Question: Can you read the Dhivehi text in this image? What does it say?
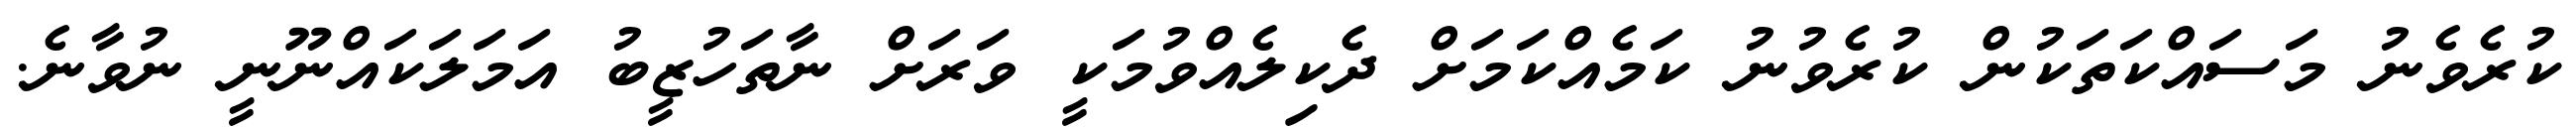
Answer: ކުރެވެނު މަސައްކަތަކުން ކުރެވުނު ކަމެއްކަމަށް ދެކިލެއްވުމަކީ ވަރަށް ނާތަހުޒީބު އަމަލަކައްނޫނީ ނުވާނެ.